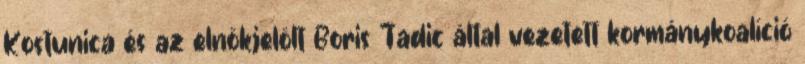
Kostunica és az elnökjelölt Boris Tadic által vezetett kormánykoalíció